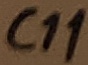
Text: C11